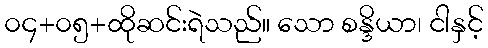
၀၄+၀၅+ထိုဆင်းရဲသည်။ သော စန္ဒိယာ၊ ငါနှင့်